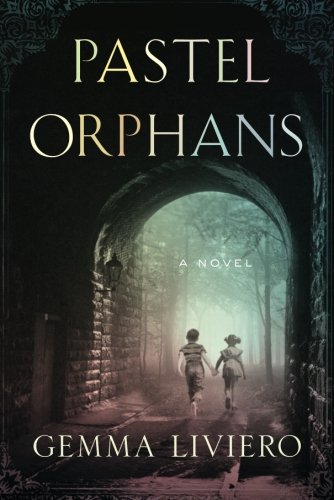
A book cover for Pastel Orphans; Gemma Liviero; Literature & Fiction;